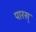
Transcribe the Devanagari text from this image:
पारस्